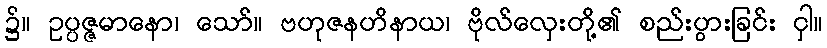
၌။ ဥပ္ပဇ္ဇမာနော၊ သော်။ ဗဟုဇနဟိနာယ၊ ဗိုလ်လှေးတို့၏ စည်းပွားခြင်း ငှါ။